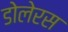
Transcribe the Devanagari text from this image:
डोलेरस